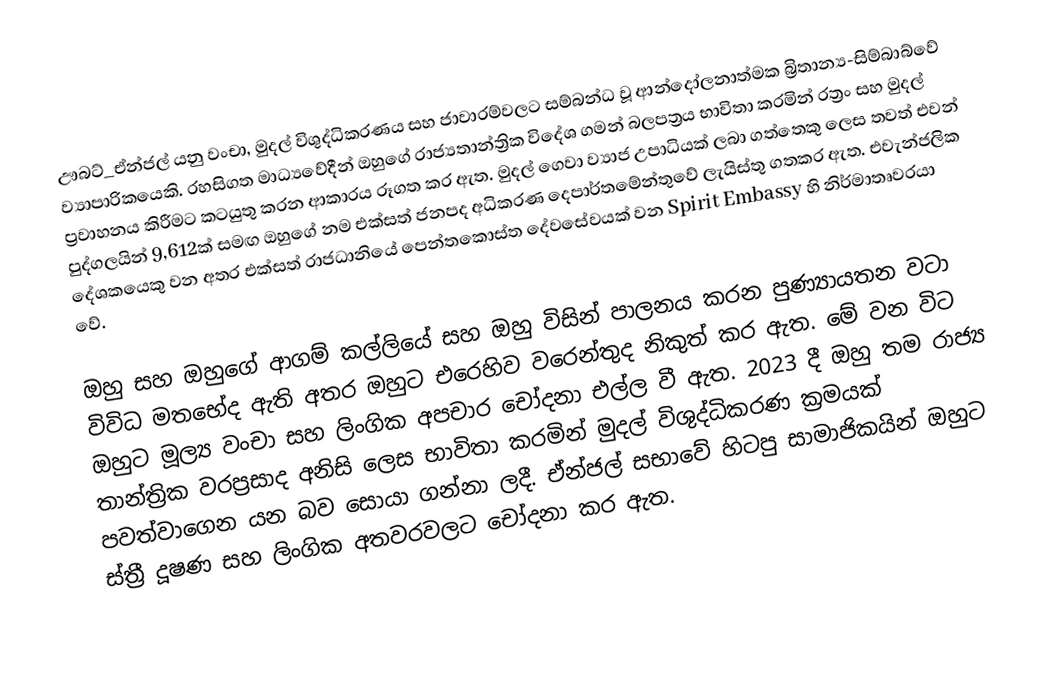
ඌබට්_ඒන්ජල් යනු වංචා, මුදල් විශුද්ධිකරණය සහ ජාවාරම්වලට සම්බන්ධ වූ ආන්දෝලනාත්මක බ්‍රිතාන්‍ය-සිම්බාබ්වේ ව්‍යාපාරිකයෙකි. රහසිගත මාධ්‍යවේදීන් ඔහුගේ රාජ්‍යතාන්ත්‍රික විදේශ ගමන් බලපත්‍රය භාවිතා කරමින් රත්‍රං සහ මුදල් ප්‍රවාහනය කිරීමට කටයුතු කරන ආකාරය රූගත කර ඇත. මුදල් ගෙවා ව්‍යාජ උපාධියක් ලබා ගත්තෙකු ලෙස තවත් එවන් පුද්ගලයින් 9,612ක් සමඟ ඔහුගේ නම එක්සත් ජනපද අධිකරණ දෙපාර්තමේන්තුවේ ලැයිස්තු ගතකර ඇත.  එවැන්ජලික දේශකයෙකු වන අතර එක්සත් රාජධානියේ පෙන්තකොස්ත දේවසේවයක් වන Spirit Embassy හි නිර්මාතෘවරයා වේ.

ඔහු සහ ඔහුගේ ආගම් කල්ලියේ සහ ඔහු විසින් පාලනය කරන පුණ්‍යායතන වටා විවිධ මතභේද ඇති අතර ඔහුට එරෙහිව වරෙන්තුද නිකුත් කර ඇත. මේ වන විට ඔහුට මූල්‍ය වංචා සහ ලිංගික අපචාර චෝදනා එල්ල වී ඇත. 2023 දී ඔහු තම රාජ්‍ය තාන්ත්‍රික වරප්‍රසාද අනිසි ලෙස භාවිතා කරමින් මුදල් විශුද්ධිකරණ ක්‍රමයක් පවත්වාගෙන යන බව සොයා ගන්නා ලදී. ඒන්ජල් සභාවේ හිටපු සාමාජිකයින් ඔහුට ස්ත්‍රී දූෂණ සහ ලිංගික අතවරවලට චෝදනා කර ඇත.